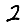
Digit: 2